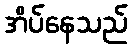
အိပ်နေသည်